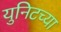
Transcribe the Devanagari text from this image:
युनिटच्या